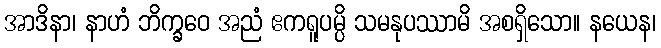
အာဒိနာ၊ နာဟံ ဘိက္ခဝေ အညံ ဧကရူပမ္ပိ သမနုပဿာမိ အစရှိသော။ နယေန၊